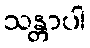
သန္တာပါ